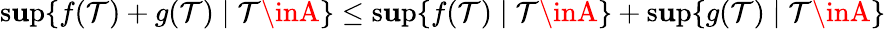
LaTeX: \operatorname*{s\mathbf{u}p}\{ f(\mathcal{T})+g(\mathcal{T})\mid\mathcal{T}\inA\} \leq\operatorname*{s\mathbf{u}p}\{ f(\mathcal{T})\mid\mathcal{T}\inA\} +\operatorname*{s\mathbf{u}p}\{ g(\mathcal{T})\mid\mathcal{T}\inA\}